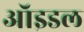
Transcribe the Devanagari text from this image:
ऑइडल